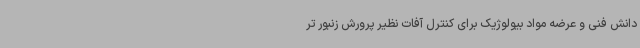
دانش فنی و عرضه مواد بیولوژیک برای کنترل آفات نظیر پرورش زنبور تر